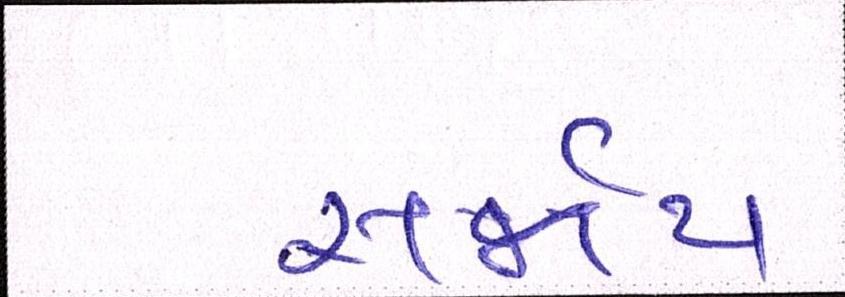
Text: સર્જાય